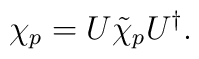
\chi_p=U\tilde\chi_p U^\dagger.